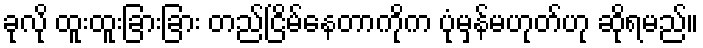
ခုလို ထူးထူးခြားခြား တည်ငြိမ်နေတာကိုက ပုံမှန်မဟုတ်ဟု ဆိုရမည်။